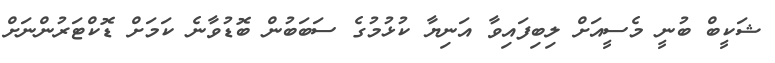
ޝަކީބް ބުނީ މެސީއަށް ލިބިފައިވާ އަނިޔާ ކުޅުމުގެ ސަބަބުން ބޮޑުވާނެ ކަމަށް ޑޮކްޓަރުންނަށް